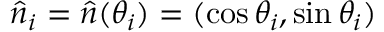
\hat { n } _ { i } = \hat { n } ( \theta _ { i } ) = ( \cos { \theta _ { i } } , \sin { \theta _ { i } } )